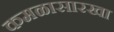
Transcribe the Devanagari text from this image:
कमळासारखा